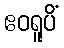
ဧဝရူပိံ